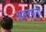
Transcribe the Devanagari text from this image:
अमरमुनी